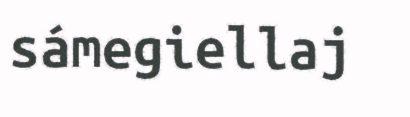
sámegiellaj